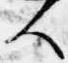
人